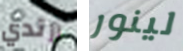
أرتدي لينور